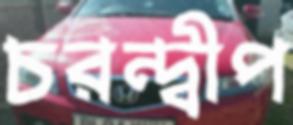
চরন্দ্বীপ